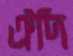
ঐদি